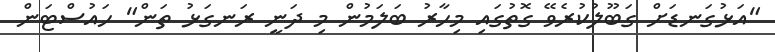
"އަޅުގަނޑަށް ގަބޫލުކުރެވޭ ގޮތުގައި މިހާރު ބަލަމުން މި ދަނީ ރަނގަޅު ތަން" ހައުސްޓަން